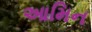
આમિન